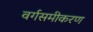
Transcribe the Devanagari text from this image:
वर्गसमीकरण